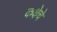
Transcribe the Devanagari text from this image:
कक्षेचे